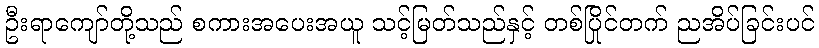
ဦးရာကျော်တို့သည် စကားအပေးအယူ သင့်မြတ်သည်နှင့် တစ်ပြိုင်တက် ညအိပ်ခြင်းပင်